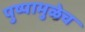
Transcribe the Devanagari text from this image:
पुष्पामुळेच